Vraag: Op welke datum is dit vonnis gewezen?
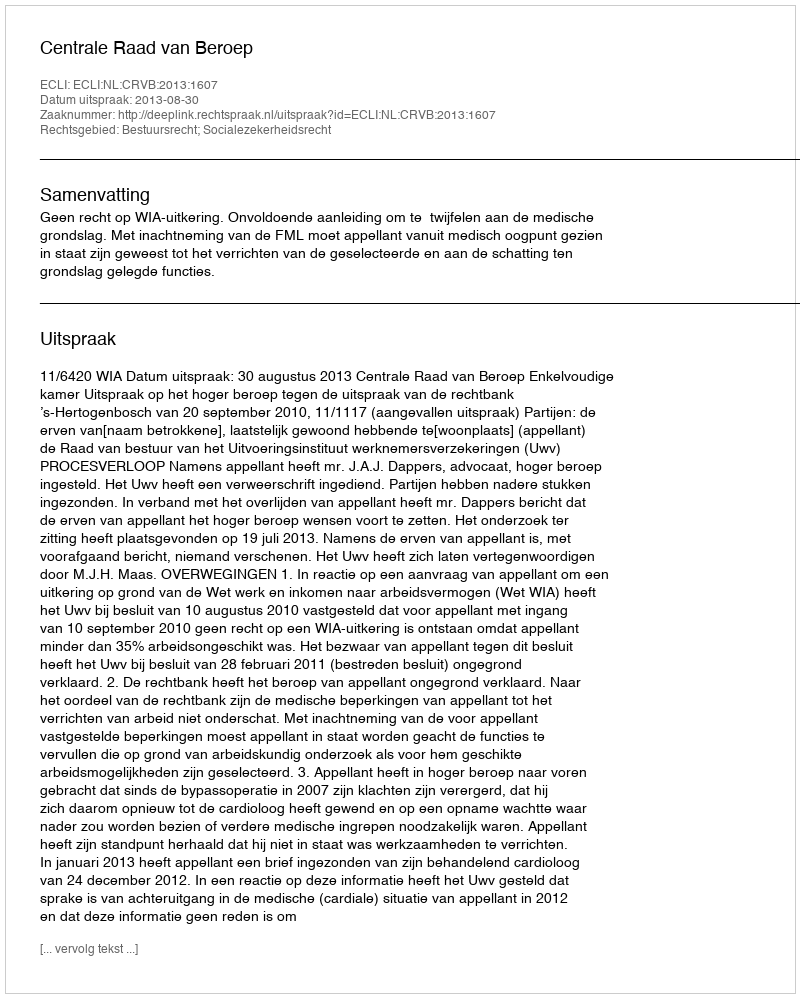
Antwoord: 2013-08-30